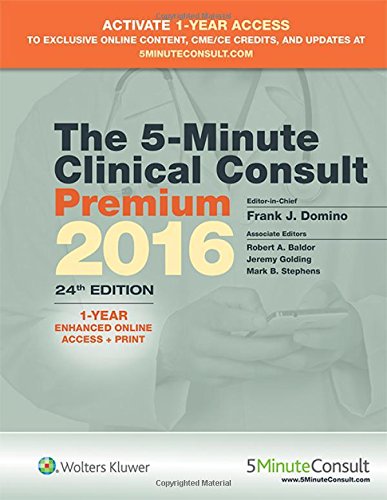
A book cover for The 5-Minute Clinical Consult Premium 2016: 1-Year Enhanced Online Access + Print (The 5-Minute Consult Series); Frank J. Domino MD; Medical Books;